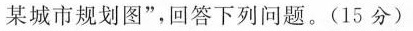
某城市规划图”，回答下列问题。(15分)